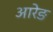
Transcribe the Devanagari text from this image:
आरेङ